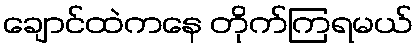
ချောင်ထဲကနေ တိုက်ကြရမယ်